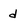
Character: d